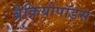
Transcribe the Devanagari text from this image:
ब्रैक्रियोपॉडस